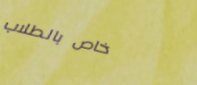
خاص بالطلاب